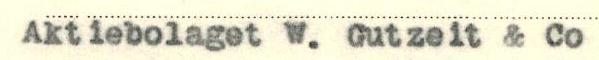
Aktiebolaget W. Gutzeit & Co